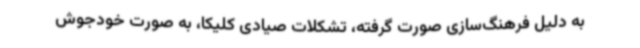
به دلیل فرهنگ‌سازی صورت گرفته، تشکلات صیادی کلیکا، به صورت خودجوش